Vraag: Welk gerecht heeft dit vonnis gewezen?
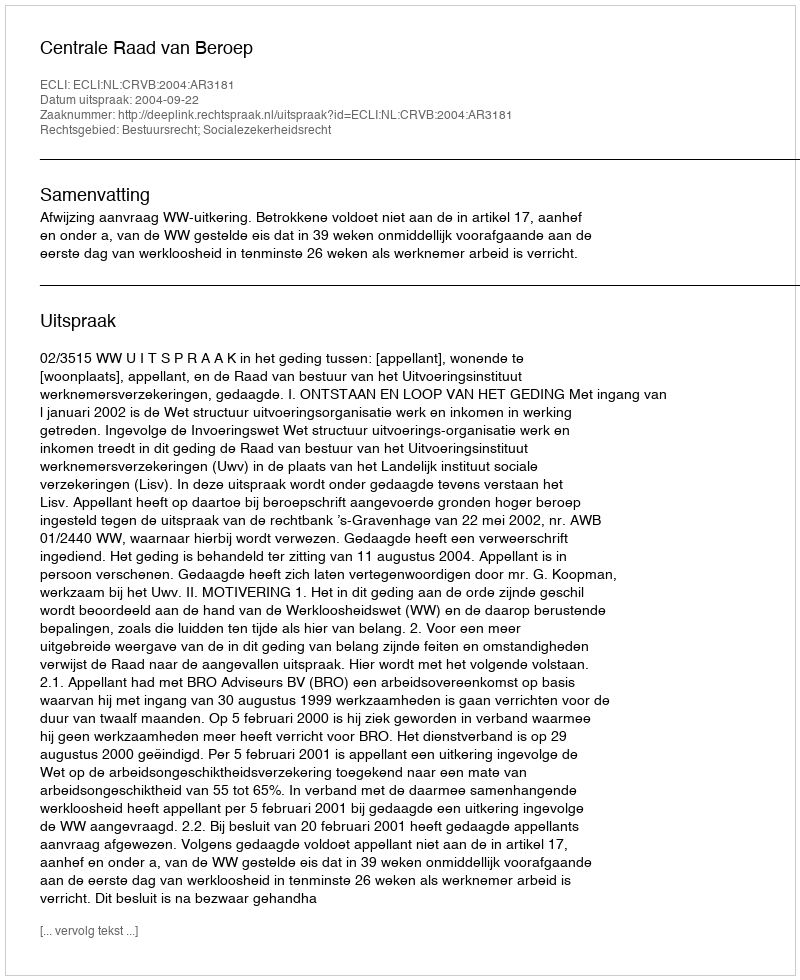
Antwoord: Centrale Raad van Beroep